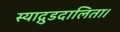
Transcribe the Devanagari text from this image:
स्याद्गुडदालिता।